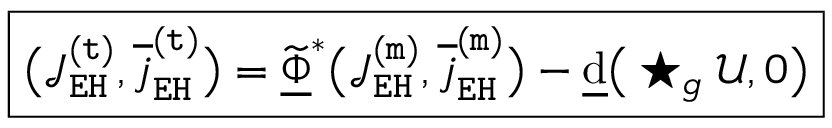
\boxed { \big ( \mathcal { J } _ { \mathtt { E H } } ^ { \mathtt { ( t ) } } , \overline { { j } } _ { \mathtt { E H } } ^ { \mathtt { ( t ) } } \big ) = \underline { { \widetilde { \Phi } } } ^ { * } \big ( \mathcal { J } _ { \mathtt { E H } } ^ { \mathtt { ( m ) } } , \overline { { j } } _ { \mathtt { E H } } ^ { \mathtt { ( m ) } } \big ) - \underline { { \mathrm { d } } } \big ( \star _ { g } \mathcal { U } , 0 \big ) }